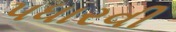
પધારવી